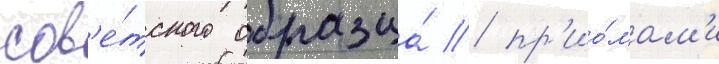
сов'е́тского образца́ / пр'ио́мам'и